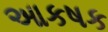
આકષક